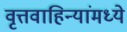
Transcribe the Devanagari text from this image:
वृत्तवाहिन्यांमध्ये